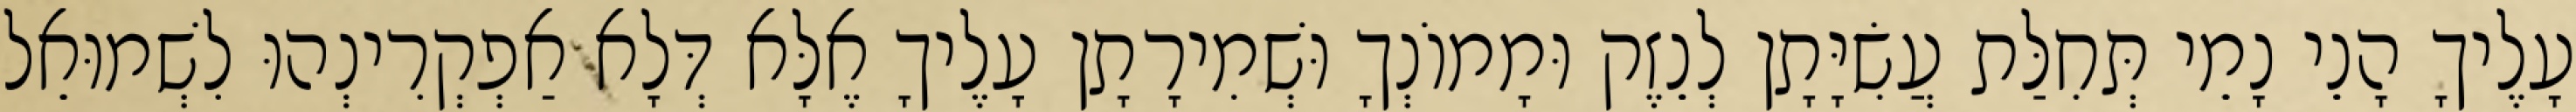
עָלֶיךָ הָנֵי נָמֵי תְּחִלַּת עֲשִׂיָּתָן לְנֵזֶק וּמָמוֹנְךָ וּשְׁמִירָתָן עָלֶיךָ אֶלָּא דְּלָא אַפְקְרִינְהוּ לִשְׁמוּאֵל